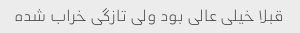
قبلا خیلی عالی بود ولی تازگی خراب شده